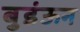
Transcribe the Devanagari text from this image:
बुडंऊन